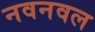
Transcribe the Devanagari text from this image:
नवनवल